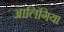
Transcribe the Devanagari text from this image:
आलिंगिया